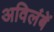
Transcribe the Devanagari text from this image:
अविलंबें